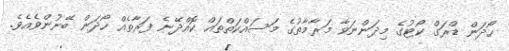
ހޯދަން ޑްރަގް ކޯޓުގެ މިދަންނަވާ މަރާމާތުގެ މަސައްކަތްތައް ކޮއްދޭނެ ފަރާތެއް ހޯދަން ބޭނުންވެއެވެ.